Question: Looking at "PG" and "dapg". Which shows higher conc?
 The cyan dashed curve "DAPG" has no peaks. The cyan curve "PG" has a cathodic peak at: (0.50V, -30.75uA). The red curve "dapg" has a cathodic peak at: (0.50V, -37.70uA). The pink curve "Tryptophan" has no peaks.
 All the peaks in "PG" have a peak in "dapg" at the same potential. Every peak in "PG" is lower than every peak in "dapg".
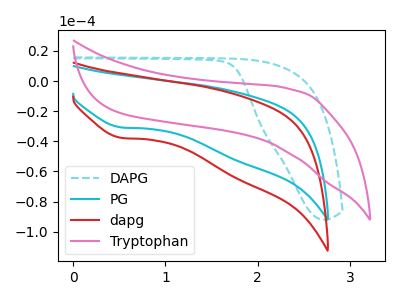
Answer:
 <answer>"PG" has less signal than "dapg" and so likely has a lower concentration.</answer>
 <eval>less_concentration</eval>